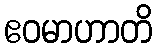
ဧဝမာဟာတိ